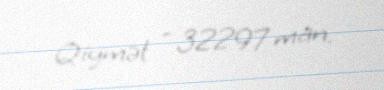
Qiymət - 32297 man.